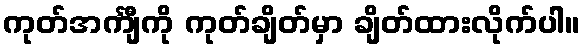
ကုတ်အင်္ကျီကို ကုတ်ချိတ်မှာ ချိတ်ထားလိုက်ပါ။